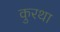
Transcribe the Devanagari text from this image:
कुरथा